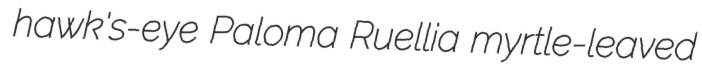
hawk's-eye Paloma Ruellia myrtle-leaved